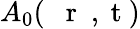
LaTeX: A_{0}(\mathrm{~{~\mathbf~r~}~,~t~})